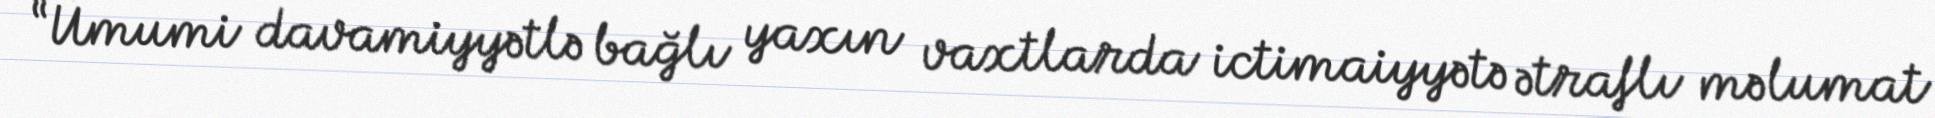
“Ümumi davamiyyətlə bağlı yaxın vaxtlarda ictimaiyyətə ətraflı məlumat